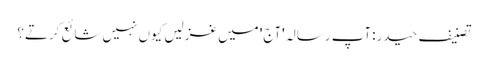
تصنیف حیدر:آپ رسالہ 'آج' میں غزلیں کیوں نہیں شائع کرتے؟